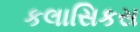
કલાસિકસ